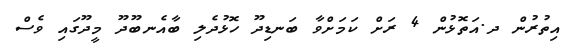
އިތުރުން ދ.އަތޮޅުން 4 ރަށް ކަމަށްވާ ބަނޑިދޫ ހޮޅުދެލި ބާއެނބޫދޫ މީދޫގައި ވެސް